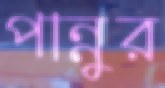
পান্নুর